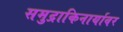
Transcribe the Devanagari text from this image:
समुद्राकिनार्यावर